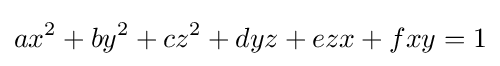
ax^{2}+by^{2}+cz^{2}+dyz+ezx+fxy=1